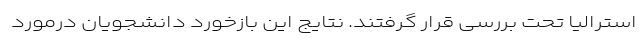
استرالیا تحت بررسی قرار گرفتند. نتایج این بازخورد دانشجویان درمورد